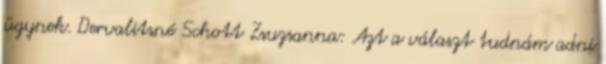
ügynek. Dervalitsné Schott Zsuzsanna: Azt a választ tudnám adni